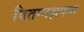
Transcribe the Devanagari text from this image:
वितानक्षपता